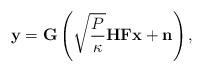
LaTeX: \begin{align*}\mathbf{y} & = \mathbf{G} \left ( \sqrt{\frac{P}{\kappa}}\mathbf{H}\mathbf{F}\mathbf{x} + \mathbf{n} \right ),\end{align*}